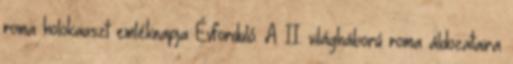
roma holokauszt emléknapja Évforduló. A II. világháború roma áldozataira